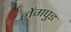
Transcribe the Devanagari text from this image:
लेंगपुइ